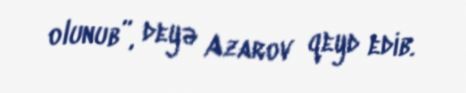
olunub”, deyə Azarov qeyd edib.